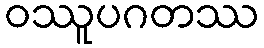
ဝဿူပဂတဿ